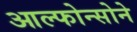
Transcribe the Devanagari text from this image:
आल्फोन्सोने